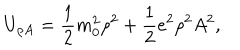
U _ { \rho A } = { \frac { 1 } { 2 } } m _ { 0 } ^ { 2 } \rho ^ { 2 } + { \frac { 1 } { 2 } } e ^ { 2 } \rho ^ { 2 } A ^ { 2 } ,